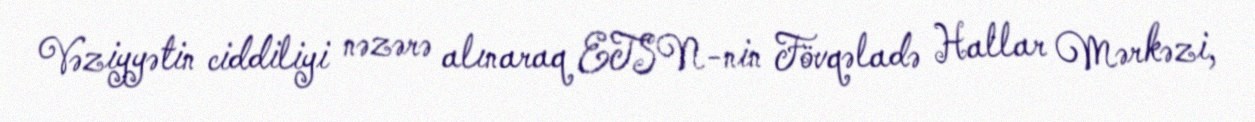
Vəziyyətin ciddiliyi nəzərə alınaraq ETSN-nin Fövqəladə Hallar Mərkəzi,